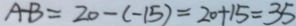
A - B = 2 0 - ( - 1 5 ) = 2 0 + 1 5 = 3 5